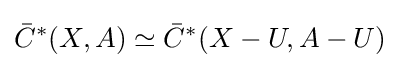
{\bar {C}}^{*}(X,A)\simeq {\bar {C}}^{*}(X-U,A-U)